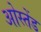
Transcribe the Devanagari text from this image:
ओस्तेंड